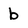
Character: b